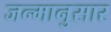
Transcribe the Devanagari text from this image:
जन्मानुसार